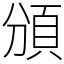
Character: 頒